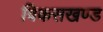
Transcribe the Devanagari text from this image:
विकसखण्ड